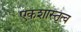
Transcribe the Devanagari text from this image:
एकशास्तृत्व